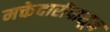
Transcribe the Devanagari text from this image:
मक्तेदारीपासून